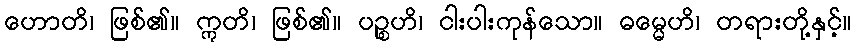
ဟောတိ၊ ဖြစ်၏။ ဣတိ၊ ဖြစ်၏။ ပဉ္စဟိ၊ ငါးပါးကုန်သော။ ဓမ္မေဟိ၊ တရားတို့နှင့်။